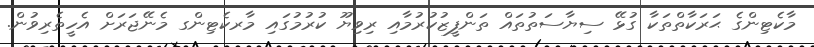
މާކެޓިންގެ ޙަރަކާތްތަކާ ގުޅޭ ސިޔާސަތުތައް ތަންފީޒުކުރުމާއި ރިވިޔޫ ކުރުމުގައި މާރކެޓިންގ މެނޭޖަރަށް އެހީތެރިވުން.